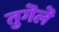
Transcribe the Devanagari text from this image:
तुगॆलॆ